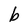
Character: b